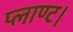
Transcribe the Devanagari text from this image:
प्लाण्ट।